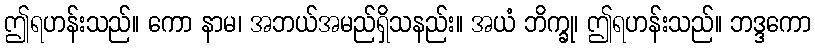
ဤရဟန်းသည်။ ကော နာမ၊ အဘယ်အမည်ရှိသနည်း။ အယံ ဘိက္ခု၊ ဤရဟန်းသည်။ ဘဒ္ဒကော